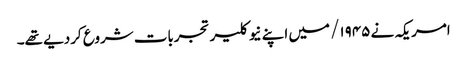
امریکہ نے ۱۹۴۵/ میں اپنے نیوکلیر تجربات شروع کردیے تھے۔